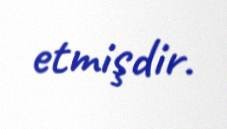
etmişdir.